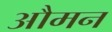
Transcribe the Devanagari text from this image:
औमन